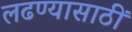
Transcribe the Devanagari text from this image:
लढण्यासाठीं